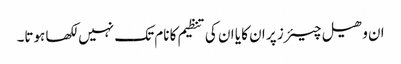
ان وھیل چیئرز پر ان کا یا ان کی تنظیم کا نام تک نہیں لکھا ہوتا۔